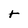
Character: t